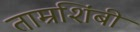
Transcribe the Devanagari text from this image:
ताम्रशिंबी